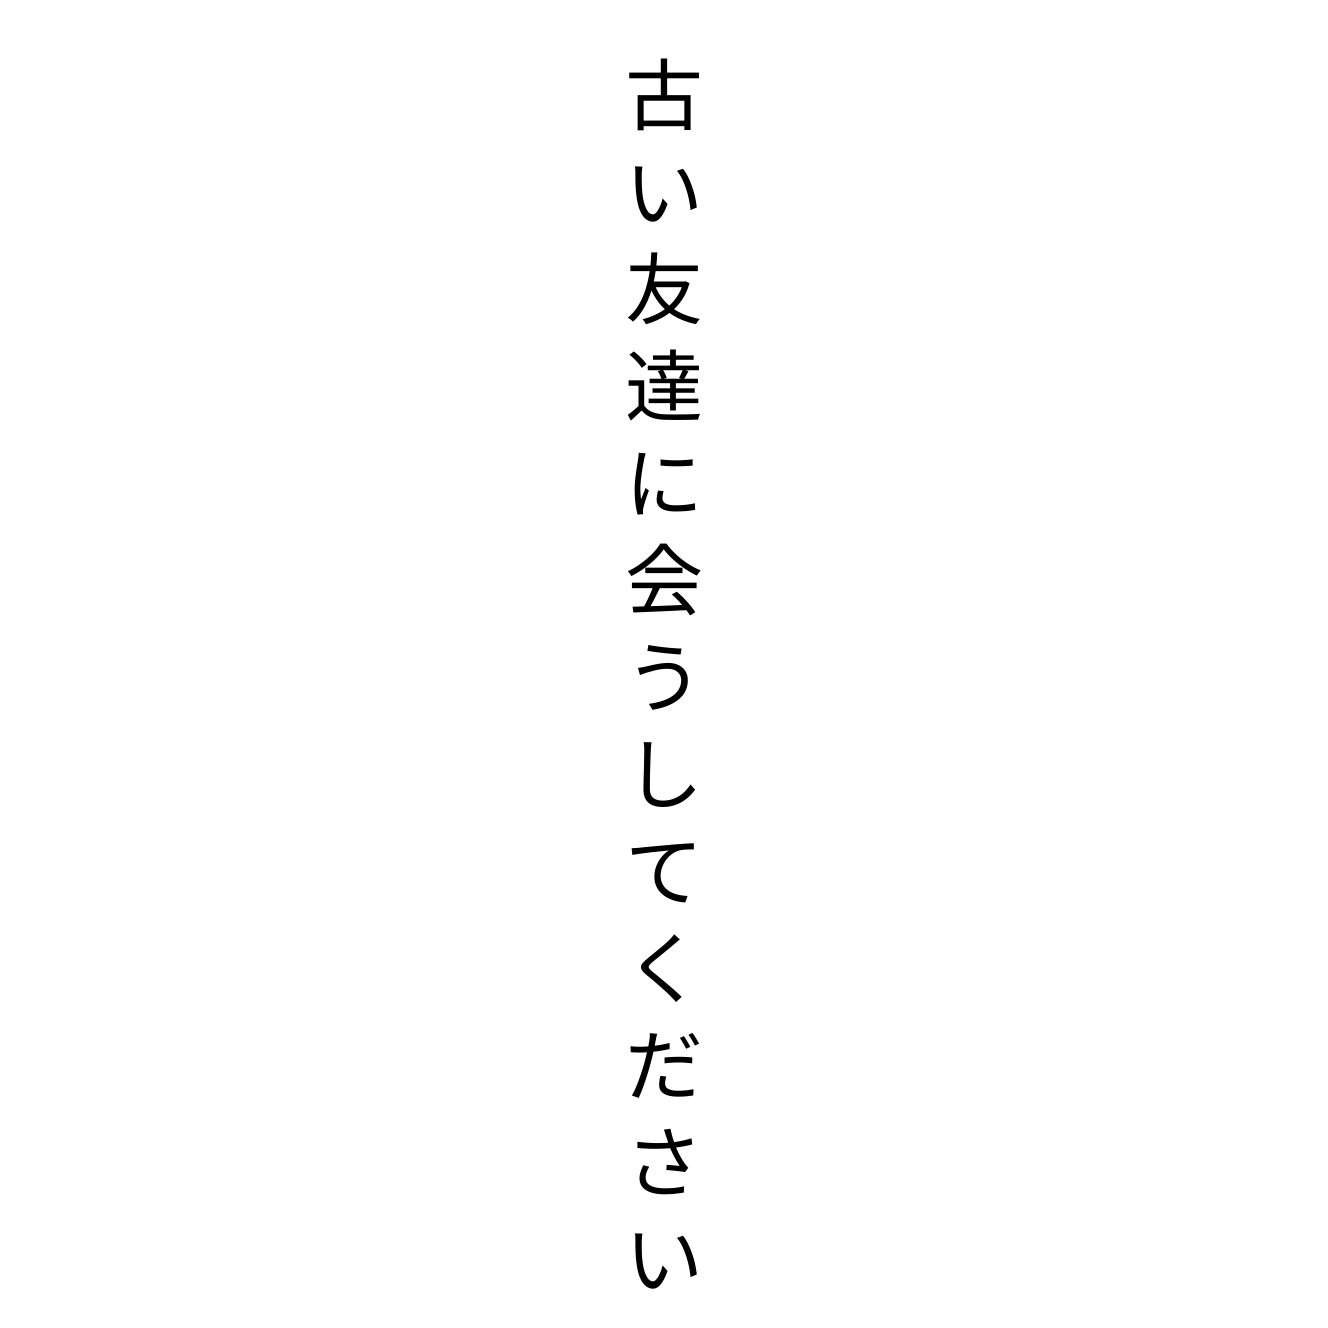
古い友達に会うしてください